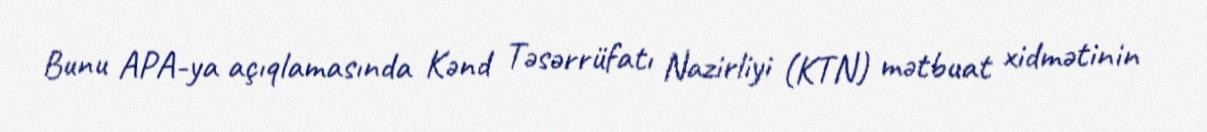
Bunu APA-ya açıqlamasında Kənd Təsərrüfatı Nazirliyi (KTN) mətbuat xidmətinin